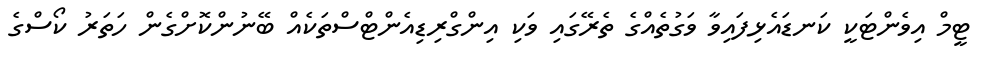
ޓީމް އިވެންޓަކީ ކަނޑައެޅިފައިވާ ވަގުތެއްގެ ތެރޭގައި ވަކި އިންގްރިޑިއެންޓްސްތަކެއް ބޭނުންކޮށްގެން ހަތަރު ކޯސްގެ